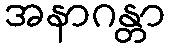
အနာဂန္တာ